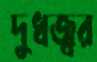
দুধজ্বর